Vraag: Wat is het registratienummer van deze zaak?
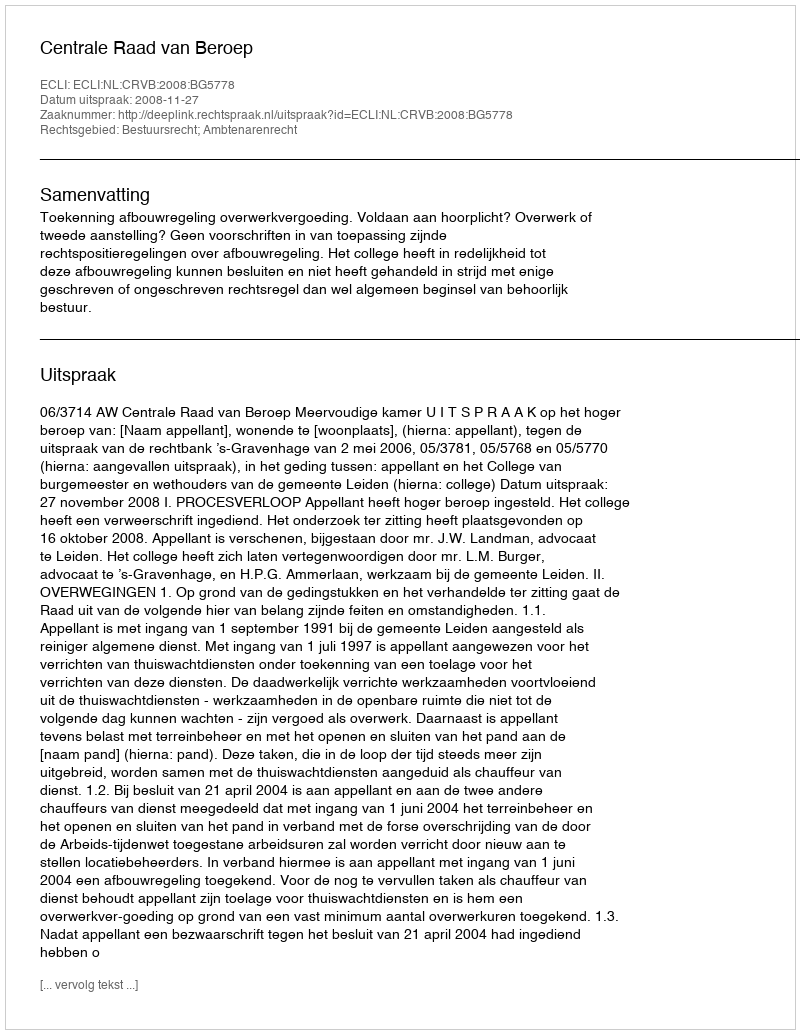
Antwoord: http://deeplink.rechtspraak.nl/uitspraak?id=ECLI:NL:CRVB:2008:BG5778